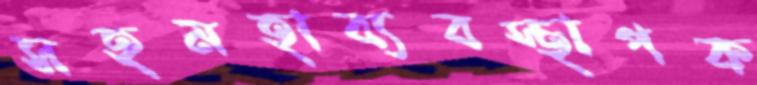
সহমহাব্যবস্থাপক